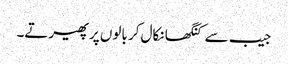
جیب سے کنگھا نکال کر بالوں پر پھیرتے۔